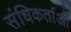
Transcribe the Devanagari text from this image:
संधिकर्ताओं